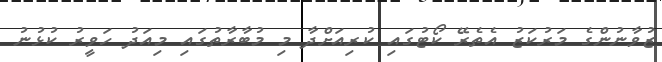
ޒުވާނުންގެ މަރުކަޒު އެތެރޭ ކޯޓުގައި ކުރިއަށްދާ މި މުބާރާތުގައި މިއަދު ހަވީރު ކުޅުނު